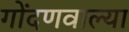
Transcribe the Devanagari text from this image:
गोंदणवाल्या